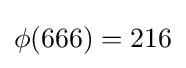
\phi (666)=216